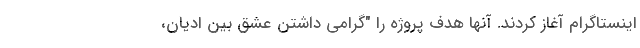
اینستاگرام آغاز کردند. آنها هدف پروژه را "گرامی داشتن عشق بین ادیان،